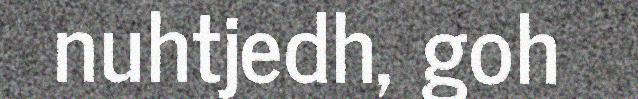
nuhtjedh, goh